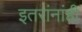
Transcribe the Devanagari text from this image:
इतरांनांही